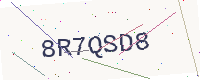
Text: 8R7QSD8